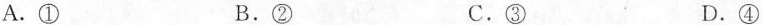
A.① B.② C.③ D.④